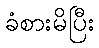
ခံစားမိပြီး